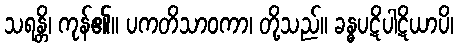
သရန္တိ၊ ကုန်၏။ ပကတိသာဝကာ၊ တို့သည်။ ခန္ဓပဋိပါဋိယာပိ၊